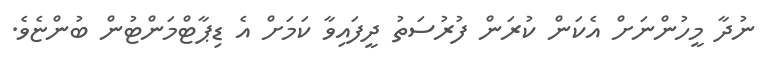
ނުދާ މީހުންނަށް އެކަން ކުރަން ފުރުސަތު ދީފައިވާ ކަމަށް އެ ޑިޕާޓްމަންޓުން ބުންޏެވެ.